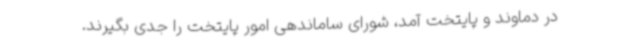
در دماوند و پایتخت آمد، شورای ساماندهی امور پایتخت را جدی بگیرند.